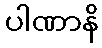
ပါဏာနိ